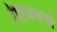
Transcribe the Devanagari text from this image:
शिजवतो